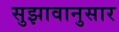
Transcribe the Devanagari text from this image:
सुझावानुसार